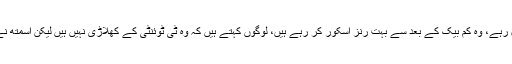
انہوں نے کہا کہ اسٹیو اسمتھ بہت اچھی کرکٹ کھیل رہے، وہ کم بیک کے بعد سے بہت رنز اسکور کر رہے ہیں، لوگوں کہتے ہیں کہ وہ ٹی ٹوئنٹی کے کھلاڑی نہیں ہیں لیکن اسمتھ نے ثابت کیا ہے کہ وہ ٹی ٹوئنٹی کا کھلاڑی بھی ہے۔